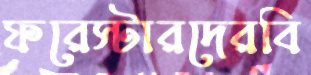
ফরেস্টারদেরবি